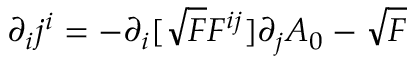
\partial _ { i } j ^ { i } = - \partial _ { i } [ \sqrt { F } F ^ { i j } ] \partial _ { j } A _ { 0 } - \sqrt { F }